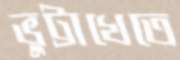
ভুট্টাখেতে